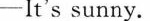
-It's sunny.